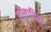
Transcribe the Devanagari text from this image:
हस्तादित्य